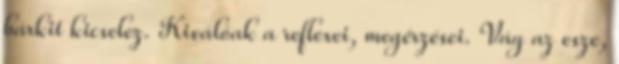
bárkit kicselez. Kiválóak a reflexei, megérzései. Vág az esze,